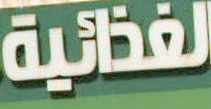
الغذائية